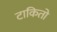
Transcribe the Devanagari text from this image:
टाकितो